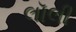
લૉલી